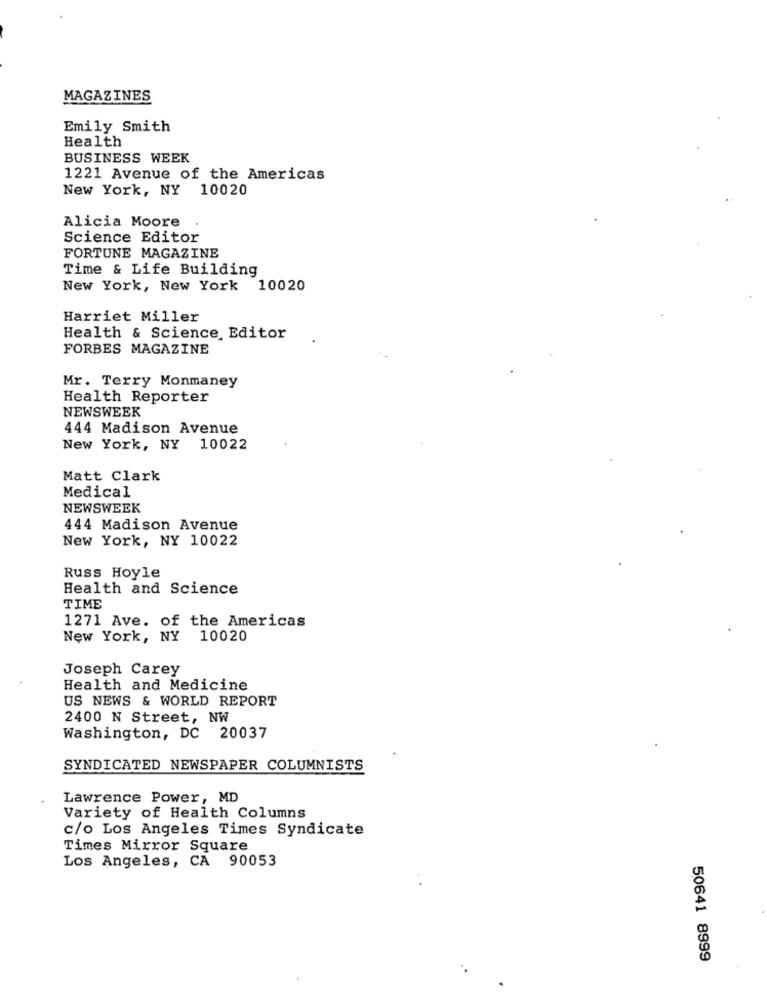
MAGAZINES
Emily Smith
Health
BUSINESS WEEK
1221 Avenue of the Americas
New York, NY 10020
Alicia Moore
Science Editor
FORTUNE MAGAZINE
Time & Life Building
New York, New York 10020
Harriet Miller
Health & Science Editor
FORBES MAGAZINE
Mr. Terry Monmaney
Health Reporter
NEWSWEEK
444 Madison Avenue
New York, NY 10022
Matt Clark
Medical
NEWSWEEK
444 Madison Avenue
New York, NY 10022
Russ Hoyle
Health and Science
TIME
1271 Ave. of the Americas
New York, NY 10020
Joseph Carey
Health and Medicine
US NEWS & WORLD REPORT
2400 N Street, NW
Washington, DC 20037
SYNDICATED NEWSPAPER COLUMNISTS
Lawrence Power, MD
Variety of Health Columns
c/o Los Angeles Times Syndicate
Times Mirror Square
Los Angeles, CA 90053
..
50641 8999